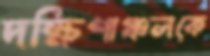
দক্ষিণাঞ্চলকে